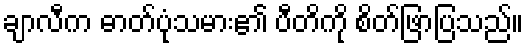
ချာလီက ဓာတ်ပုံသမား၏ ပီတိကို စိတ်ဖြာပြသည်။